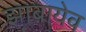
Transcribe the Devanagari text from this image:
झ़ाबायेव